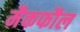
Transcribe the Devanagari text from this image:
मैकफौल